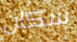
سكان